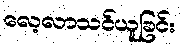
လေ့လာသင်ယူခြင်း